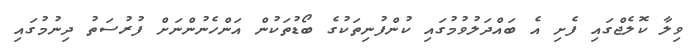
ވިލާ ކޮލެޖްގައި ފެށި އެ ބައްދަލުވުމުގައި ކުންފުނިތަކުގެ ބޯޑުތަކުން އަންހެނުންނަށް ފުރުސަތު ދިނުމުގައި